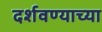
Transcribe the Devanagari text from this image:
दर्शवण्याच्या